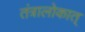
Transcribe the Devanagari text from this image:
तंत्रालोकात्